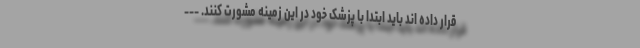
قرار داده اند باید ابتدا با پزشک خود در این زمینه مشورت کنند. ---